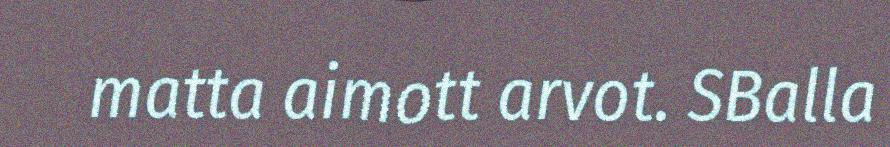
matta aimott arvot. SBalla